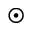
\odot